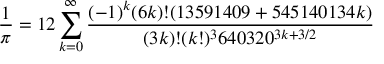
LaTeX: { \frac { 1 } { \pi } } = 1 2 \sum _ { k = 0 } ^ { \infty } { \frac { ( - 1 ) ^ { k } ( 6 k ) ! ( 1 3 5 9 1 4 0 9 + 5 4 5 1 4 0 1 3 4 k ) } { ( 3 k ) ! ( k ! ) ^ { 3 } 6 4 0 3 2 0 ^ { 3 k + 3 / 2 } } }